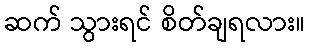
ဆက် သွားရင် စိတ်ချရလား။